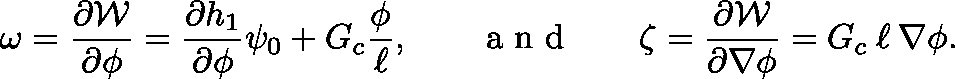
\omega = \frac { \partial \mathcal { W } } { \partial \phi } = \frac { \partial h _ { 1 } } { \partial \phi } \psi _ { 0 } + G _ { c } \frac { \phi } { \ell } , \, \, \, \, \, \, \, \, \, \, \, \mathrm { ~ a ~ n ~ d ~ } \, \, \, \, \, \, \, \, \, \, \, \mathbf { \zeta } = \frac { \partial \mathcal { W } } { \partial \nabla \phi } = G _ { c } \: \ell \: \nabla \phi .